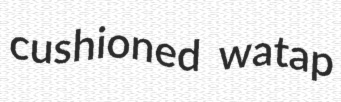
cushioned watap